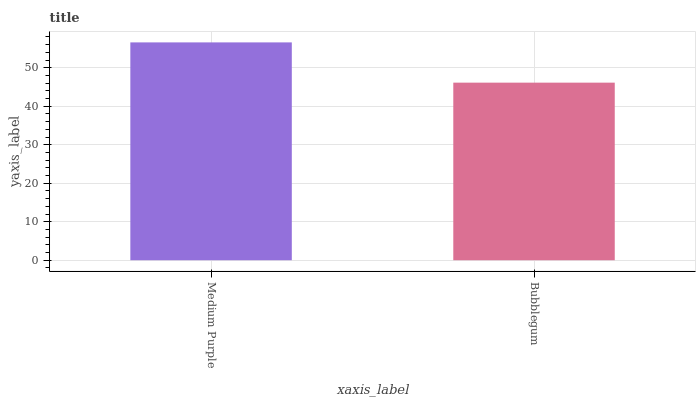
| xaxis_label | bars |
 | --- | --- |
 | Medium Purple | 56.6 |
 | Bubblegum | 46.1 |